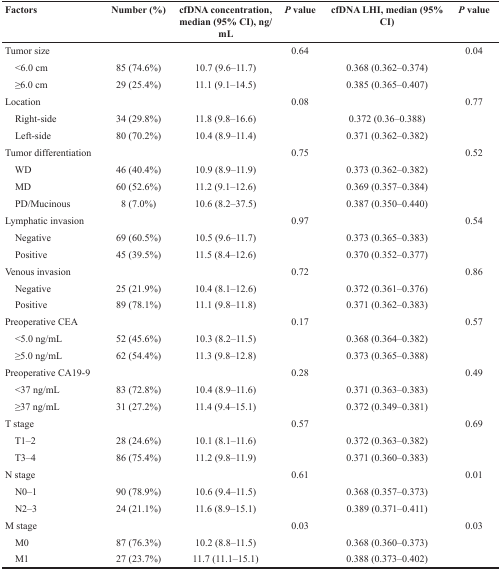
<table><thead><tr><td><b>Factors</b></td><td><b>Number (%)</b></td><td><b>cfDNA concentration, median (95% CI), ng/mL</b></td><td><b>P value</b></td><td><b>cfDNA LHI, median (95% CI)</b></td><td><b>P value</b></td></tr></thead><tbody><tr><td>Tumor size</td><td></td><td></td><td>0.64</td><td></td><td>0.04</td></tr><tr><td> &lt;6.0 cm</td><td>85 (74.6%)</td><td>10.7 (9.6–11.7)</td><td></td><td>0.368 (0.362–0.374)</td><td></td></tr><tr><td> ≥6.0 cm</td><td>29 (25.4%)</td><td>11.1 (9.1–14.5)</td><td></td><td>0.385 (0.365–0.407)</td><td></td></tr><tr><td>Location</td><td></td><td></td><td>0.08</td><td></td><td>0.77</td></tr><tr><td> Right-side</td><td>34 (29.8%)</td><td>11.8 (9.8–16.6)</td><td></td><td>0.372 (0.36–0.388)</td><td></td></tr><tr><td> Left-side</td><td>80 (70.2%)</td><td>10.4 (8.9–11.4)</td><td></td><td>0.371 (0.362–0.382)</td><td></td></tr><tr><td>Tumor differentiation</td><td></td><td></td><td>0.75</td><td></td><td>0.52</td></tr><tr><td> WD</td><td>46 (40.4%)</td><td>10.9 (8.9–11.9)</td><td></td><td>0.373 (0.362–0.382)</td><td></td></tr><tr><td> MD</td><td>60 (52.6%)</td><td>11.2 (9.1–12.6)</td><td></td><td>0.369 (0.357–0.384)</td><td></td></tr><tr><td> PD/Mucinous</td><td>8 (7.0%)</td><td>10.6 (8.2–37.5)</td><td></td><td>0.387 (0.350–0.440)</td><td></td></tr><tr><td>Lymphatic invasion</td><td></td><td></td><td>0.97</td><td></td><td>0.54</td></tr><tr><td> Negative</td><td>69 (60.5%)</td><td>10.5 (9.6–11.7)</td><td></td><td>0.373 (0.365–0.383)</td><td></td></tr><tr><td> Positive</td><td>45 (39.5%)</td><td>11.5 (8.4–12.6)</td><td></td><td>0.370 (0.352–0.377)</td><td></td></tr><tr><td>Venous invasion</td><td></td><td></td><td>0.72</td><td></td><td>0.86</td></tr><tr><td> Negative</td><td>25 (21.9%)</td><td>10.4 (8.1–12.6)</td><td></td><td>0.372 (0.361–0.376)</td><td></td></tr><tr><td> Positive</td><td>89 (78.1%)</td><td>11.1 (9.8–11.8)</td><td></td><td>0.371 (0.362–0.383)</td><td></td></tr><tr><td>Preoperative CEA</td><td></td><td></td><td>0.17</td><td></td><td>0.57</td></tr><tr><td> &lt;5.0 ng/mL</td><td>52 (45.6%)</td><td>10.3 (8.2–11.5)</td><td></td><td>0.368 (0.364–0.382)</td><td></td></tr><tr><td> ≥5.0 ng/mL</td><td>62 (54.4%)</td><td>11.3 (9.8–12.8)</td><td></td><td>0.373 (0.365–0.388)</td><td></td></tr><tr><td>Preoperative CA19-9</td><td></td><td></td><td>0.28</td><td></td><td>0.49</td></tr><tr><td> &lt;37 ng/mL</td><td>83 (72.8%)</td><td>10.4 (8.9–11.6)</td><td></td><td>0.371 (0.363–0.383)</td><td></td></tr><tr><td> ≥37 ng/mL</td><td>31 (27.2%)</td><td>11.4 (9.4–15.1)</td><td></td><td>0.372 (0.349–0.381)</td><td></td></tr><tr><td>T stage</td><td></td><td></td><td>0.57</td><td></td><td>0.69</td></tr><tr><td> T1–2</td><td>28 (24.6%)</td><td>10.1 (8.1–11.6)</td><td></td><td>0.372 (0.363–0.382)</td><td></td></tr><tr><td> T3–4</td><td>86 (75.4%)</td><td>11.2 (9.8–11.9)</td><td></td><td>0.371 (0.360–0.383)</td><td></td></tr><tr><td>N stage</td><td></td><td></td><td>0.61</td><td></td><td>0.01</td></tr><tr><td> N0–1</td><td>90 (78.9%)</td><td>10.6 (9.4–11.5)</td><td></td><td>0.368 (0.357–0.373)</td><td></td></tr><tr><td> N2–3</td><td>24 (21.1%)</td><td>11.6 (8.9–15.1)</td><td></td><td>0.389 (0.371–0.411)</td><td></td></tr><tr><td>M stage</td><td></td><td></td><td>0.03</td><td></td><td>0.03</td></tr><tr><td> M0</td><td>87 (76.3%)</td><td>10.2 (8.8–11.5)</td><td></td><td>0.368 (0.360–0.373)</td><td></td></tr><tr><td> M1</td><td>27 (23.7%)</td><td>11.7 (11.1–15.1)</td><td></td><td>0.388 (0.373–0.402)</td><td></td></tr></tbody></table>